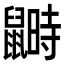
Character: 𪕵